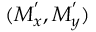
( M _ { x } ^ { ' } , M _ { y } ^ { ' } )